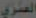
العنزي